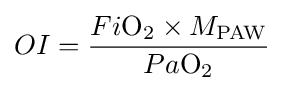
OI={\frac {Fi{\ce {O2}}\times M_{\text{PAW}}}{Pa{\ce {O2}}}}